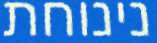
נינוחת